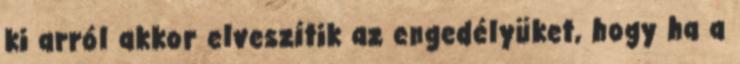
ki arról akkor elveszítik az engedélyüket, hogy ha a